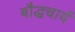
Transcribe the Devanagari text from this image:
बौद्धचार्य